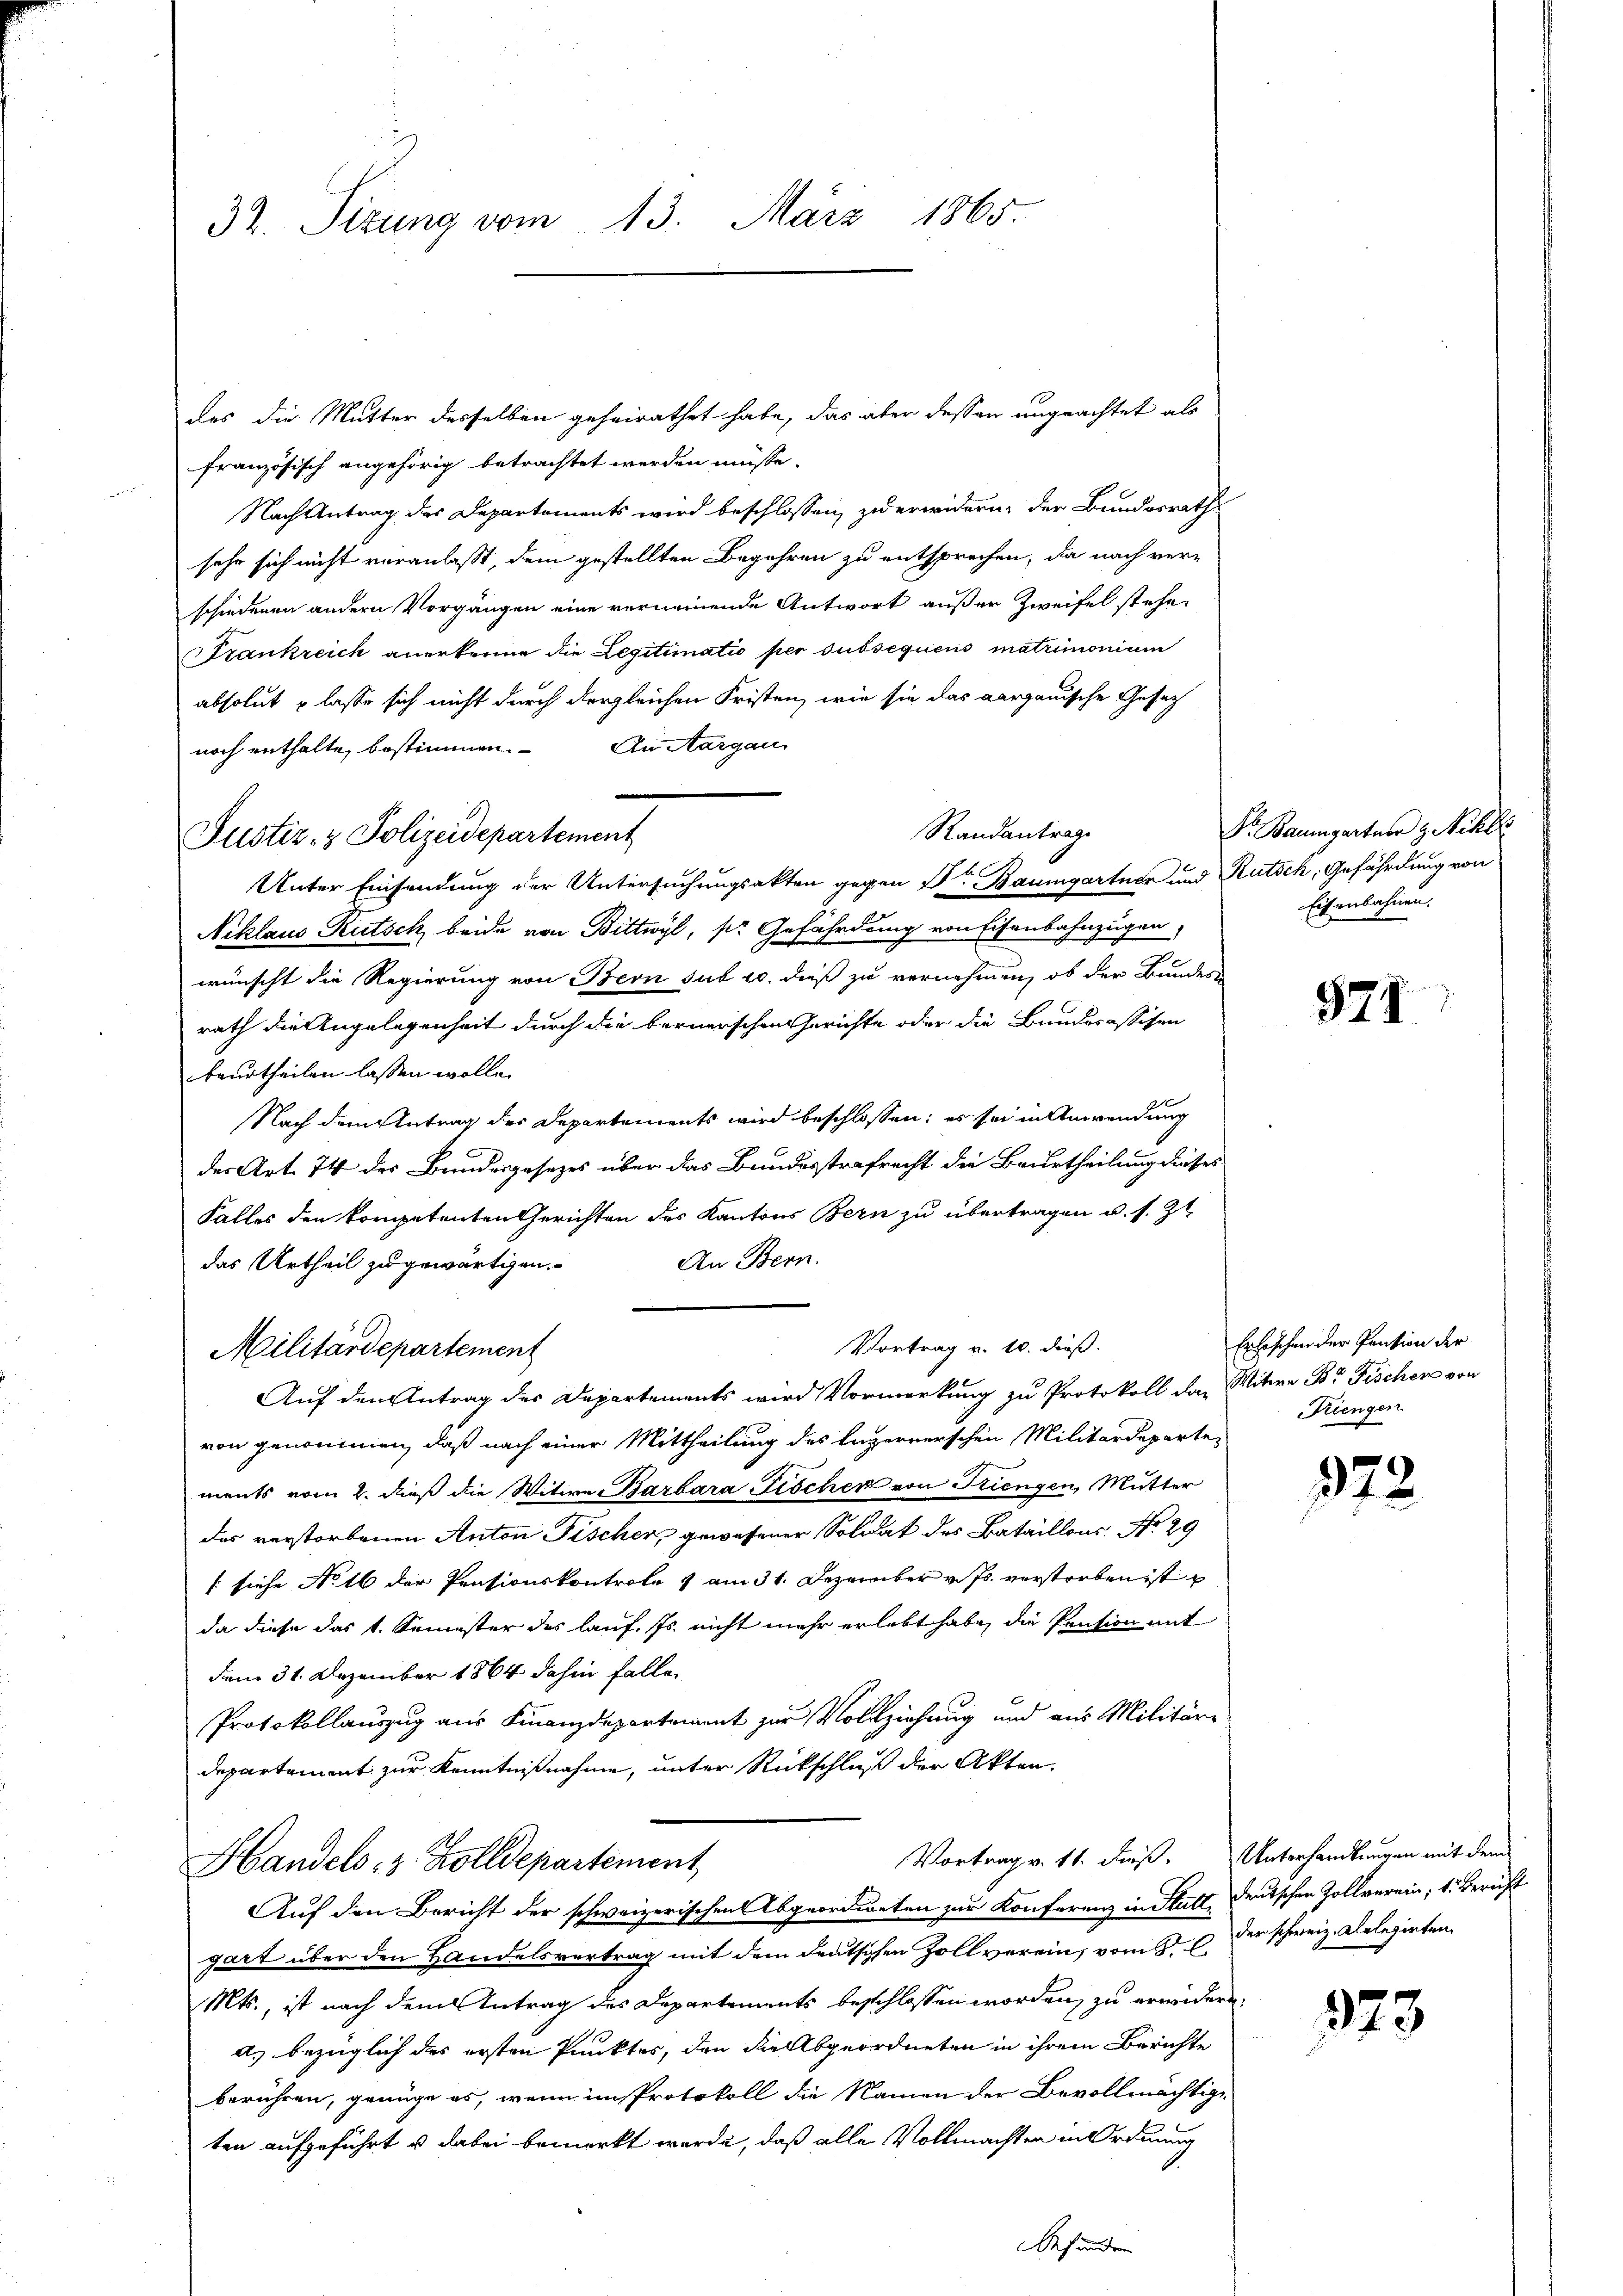
32. Sizung vom 13. März 1865.

des die Mutter desselben geheirathet habe, das aber dessen ungeachtet als
französisch angehörig betrachtet werden müsse.
Nach Antrag des Departements wird beschlossen, zu erwidern, der Bundesrath
sehr sich nicht veranlaßt, dem gestellten Begehren zu entsprechen, da nach verschiedenen andern Vorgängen eine verneinende Antwort außer Zweifel stehe.
Frankreich anerkenne die Legitimatio per subsequens matrimonium
absolut u lasse sich nicht durch dergleichen Fristen, wie sie das Aargauische Gesetz
noch enthalte, bestimmen. An Aargau
Randantrage
Unter Einsendung der Untersuchungsakten gegen Dr Baumgartner und Rutsch, Gefährdung von
Niklaus Rutsch beide von Bittwyl, pr Gefährdung von Eisenbahnzügen,
wünscht die Regierung von Bern sub 20. dieß zu vernehmen, ob der Bundes-
rath die Angelegenheit durch die bernerschen Gerichte oder die Bundesassisen
beurtheilen lassen wolle.
Nach dem Antrag der Departements wird beschlossen; es sei in Anwendung
des Art. 74 der Bundesgesetzes über das Bundesstrafrecht die Beurtheilung dieses
Falles den kompetenten Gerichten des Kantons Bern zu übertragen u. s. Zt
An Bern.
das Urtheil zu gewärtigen.
Vortrag v. 10. dieß.
Militärdepartement
Auf den Antrag des Departements wird Vormerkung zu Protokoll das Witwe Br. Fischer von
von genommen, daß nach einer Mittheilung des Luzernerschen Militärdepartements vom 2. dieß die Witwe Barbara Fischer von Triengen, Mutter
das verstorbenen Anton Fischer, gewesener Soldat des Bataillons No 29
(siehe No. 16 der Pentionskontrole & am 31. Dezember v. Js. verstreben ist
da diese das 1. Semester des lauf. Js. nicht mehr erlebt habe, die Pension mit
dem 31. Dezember 1864 dahin falle,
Protokollauszug aus Finanzdepartement zur Vollziehung und aus Militäre
departement zur Kenntnißnahme, unter Rückschluß der Akten.
Vortrag v. 11. dieß. Unterhandlungen mit dem
Handels- & Zolldepartement
Auf den Bericht der schweizerischen Abgeordneten zur Konferenz in Statt deutschen Zollverein, 1. Bericht
gart über den Handelsvertrag mit dem deutschen Zoll verein, vom 8. C. Der schweiz. Gelegirten,
Mts., ist nach dem Antrag des Departements beschlossen worden, zu erwidern.
a. bezüglich des ersten Punktes, den die Abgeordneten in ihrem Berichte
berühren, genüge es, wenn im Protokoll die Namen der Bevollmächtige
ten aufgeführt u dabei bemerkt werde, daß alle Vollmachten in Ordnung
Befunden

Justiz- & Polizeidepartement

Dr. Baumgartner z. ihr
Eisenbahnen.

571

Erlöschen der Pension der
Riengen

372

373